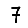
Digit: 7